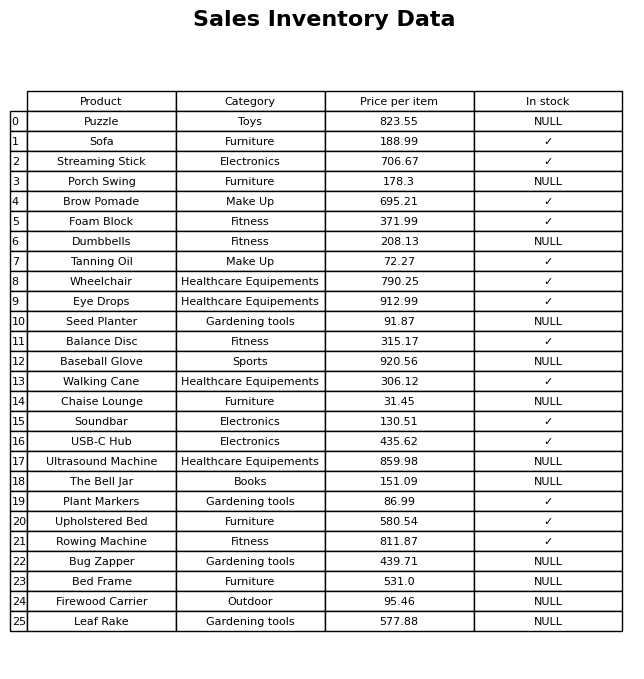
question: What is the price of the Dumbbells?
answer: The price of Dumbbells is 208.13.